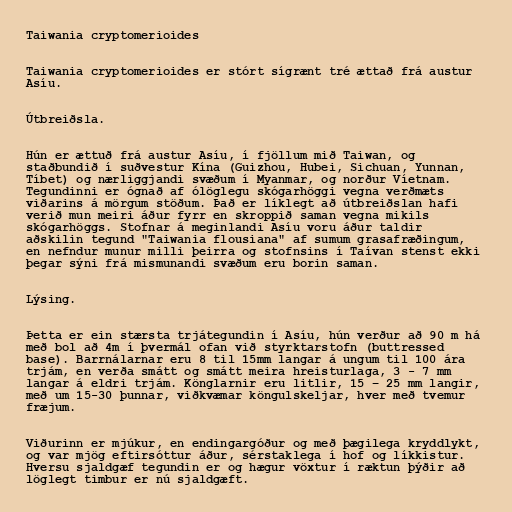
Taiwania cryptomerioides

Taiwania cryptomerioides er stórt sígrænt tré ættað frá austur
Asíu.

Útbreiðsla.

Hún er ættuð frá austur Asíu, í fjöllum mið Taiwan, og
staðbundið í suðvestur Kína (Guizhou, Hubei, Sichuan, Yunnan,
Tíbet) og nærliggjandi svæðum í Myanmar, og norður Víetnam.
Tegundinni er ógnað af ólöglegu skógarhöggi vegna verðmæts
viðarins á mörgum stöðum. Það er líklegt að útbreiðslan hafi
verið mun meiri áður fyrr en skroppið saman vegna mikils
skógarhöggs. Stofnar á meginlandi Asíu voru áður taldir
aðskilin tegund "Taiwania flousiana" af sumum grasafræðingum,
en nefndur munur milli þeirra og stofnsins í Taívan stenst ekki
þegar sýni frá mismunandi svæðum eru borin saman.

Lýsing.

Þetta er ein stærsta trjátegundin í Asíu, hún verður að 90 m há
með bol að 4m í þvermál ofan við styrktarstofn (buttressed
base). Barrnálarnar eru 8 til 15mm langar á ungum til 100 ára
trjám, en verða smátt og smátt meira hreisturlaga, 3 - 7 mm
langar á eldri trjám. Könglarnir eru litlir, 15 – 25 mm langir,
með um 15-30 þunnar, viðkvæmar köngulskeljar, hver með tvemur
fræjum.

Viðurinn er mjúkur, en endingargóður og með þægilega kryddlykt,
og var mjög eftirsóttur áður, sérstaklega í hof og líkkistur.
Hversu sjaldgæf tegundin er og hægur vöxtur í ræktun þýðir að
löglegt timbur er nú sjaldgæft.